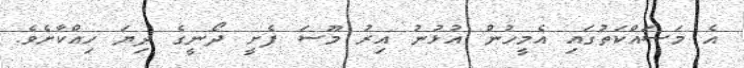
އެ މަސައްކަތުގައި އެމީހުން އުޅުނު އިރު މޫސަ ފެށީ ދޯނީގެ ދިޔަ ހިއްކާށެވެ.